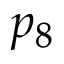
p _ { 8 }